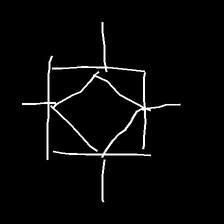
Glyph: light